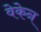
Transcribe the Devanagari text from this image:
वेकेन